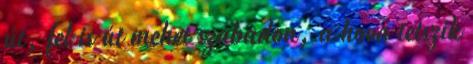
út, fel is út mehet szabadon, a hová tetszik